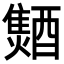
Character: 𨣐